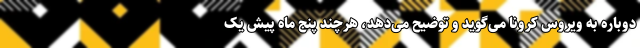
دوباره به ویروس کرونا می‌گوید و توضیح می‌دهد، هرچند پنج ماه پیش یک